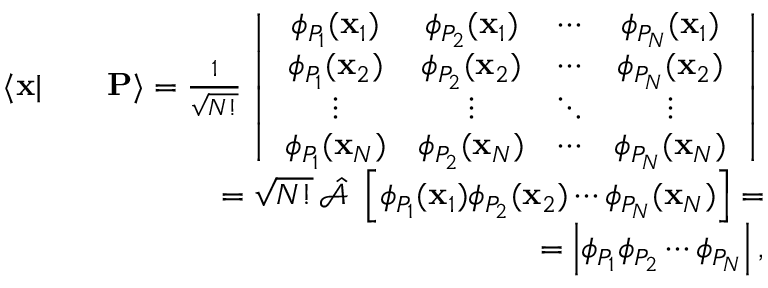
\begin{array} { r l r } { \langle \mathbf { x } | } & { } & { \mathbf { P } \rangle = \frac { 1 } { \sqrt { N ! } } \left| \begin{array} { c c c c } { \phi _ { P _ { 1 } } ( \mathbf { x } _ { 1 } ) } & { \phi _ { P _ { 2 } } ( \mathbf { x } _ { 1 } ) } & { \cdots } & { \phi _ { P _ { N } } ( \mathbf { x } _ { 1 } ) } \\ { \phi _ { P _ { 1 } } ( \mathbf { x } _ { 2 } ) } & { \phi _ { P _ { 2 } } ( \mathbf { x } _ { 2 } ) } & { \cdots } & { \phi _ { P _ { N } } ( \mathbf { x } _ { 2 } ) } \\ { \vdots } & { \vdots } & { \ddots } & { \vdots } \\ { \phi _ { P _ { 1 } } ( \mathbf { x } _ { N } ) } & { \phi _ { P _ { 2 } } ( \mathbf { x } _ { N } ) } & { \cdots } & { \phi _ { P _ { N } } ( \mathbf { x } _ { N } ) } \end{array} \right| } \\ & { } & { = \sqrt { N ! } \, \hat { \mathcal { A } } \, \, \left[ \phi _ { P _ { 1 } } ( \mathbf { x } _ { 1 } ) \phi _ { P _ { 2 } } ( \mathbf { x } _ { 2 } ) \cdots \phi _ { P _ { N } } ( \mathbf { x } _ { N } ) \right] = } \\ & { } & { = \left| \phi _ { P _ { 1 } } \phi _ { P _ { 2 } } \cdots \phi _ { P _ { N } } \right| , } \end{array}